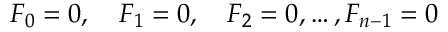
F _ { 0 } = 0 , \quad F _ { 1 } = 0 , \quad F _ { 2 } = 0 , \dots , F _ { n - 1 } = 0